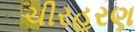
ચીરહરણ